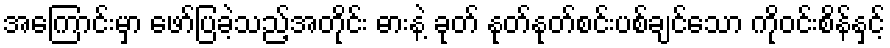
အကြောင်းမှာ ဖော်ပြခဲ့သည့်အတိုင်း ဓားနဲ့ ခုတ် နုတ်နုတ်စင်းပစ်ချင်သော ကိုဝင်းစိန်နှင့်